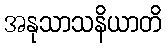
အနုသာသနိယာတိ